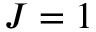
J = 1